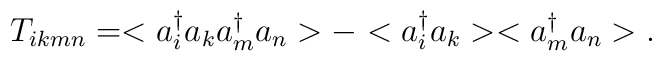
T_{ikmn}=<a_{i}^{\dag}a_{k}a_{m}^{\dag}a_{n}>-<a_{i}^{\dag}a_{k}><a_{m}^{\dag}a_{n}>.